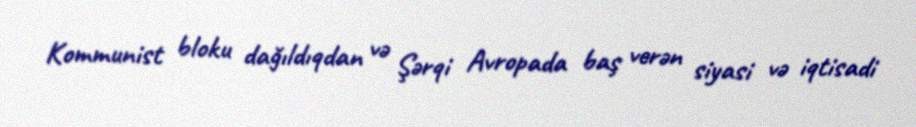
Kommunist bloku dağıldıqdan və Şərqi Avropada baş verən siyasi və iqtisadi